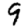
Digit: 9